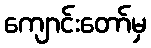
ကျောင်းတော်မှ